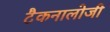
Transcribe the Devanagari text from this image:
टैकनालोजी